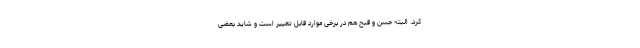
کرد. البته حسن و قبح هم در برخی موارد قابل تغییر است و شاید بعضی